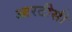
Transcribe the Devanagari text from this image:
आरटीसी